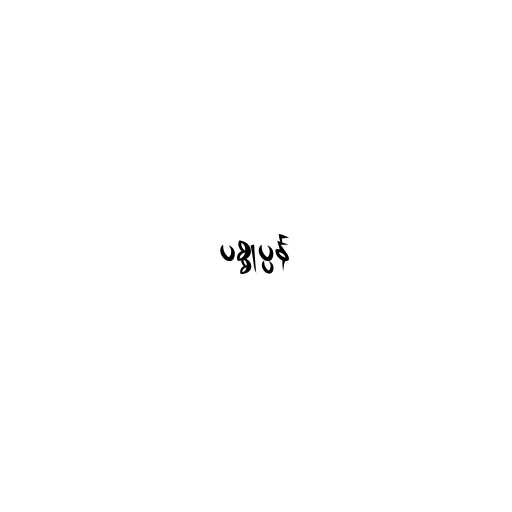
ပစ္စုပ္ပန်